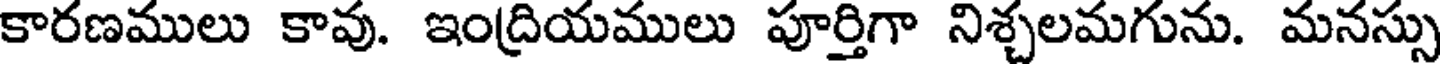
కారణములు కావు. ఇంద్రియములు పూర్తిగా నిశ్చలమగును. మనస్సు